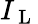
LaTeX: I_{\mathrm{~L~}}